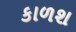
કાળશ